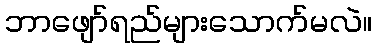
ဘာဖျော်ရည်များသောက်မလဲ။